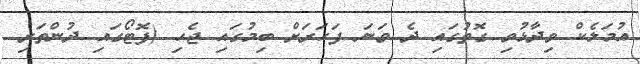
އުމަލެކް ވިދާޅުވި ގޮތުގައި ދެ ވަނަ ފަހަރަށް ބިމުގައި ޖެހި (ފޮޓޯގައި ދުންތަރި